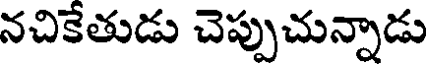
నచికేతుడు చెప్పుచున్నాడు